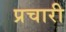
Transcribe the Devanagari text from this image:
प्रचारी